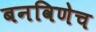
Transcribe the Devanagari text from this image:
बनविणेच